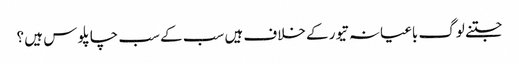
جتنے لوگ باغیانہ تیور کے خلاف ہیں سب کے سب چاپلو س ہیں ؟